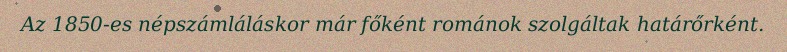
Az 1850-es népszámláláskor már főként románok szolgáltak határőrként.